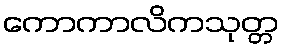
ကောကာလိကသုတ္တ